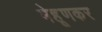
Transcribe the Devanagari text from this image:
मेहूणकर